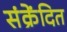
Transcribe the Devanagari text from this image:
संक्रेंदित